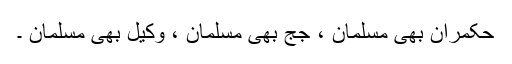
حکمران بھی مسلمان ، جج بھی مسلمان ، وکیل بھی مسلمان ۔